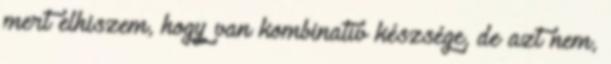
mert elhiszem, hogy van kombinatív készsége, de azt nem,